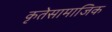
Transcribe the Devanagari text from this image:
कृतेसामाजिक